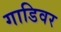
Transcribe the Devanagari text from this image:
गाडिवर